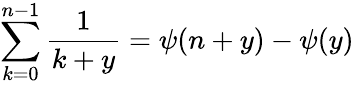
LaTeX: \sum_{k=0}^{n-1}\frac{1}{k+y}=\psi(n+y)-\psi(y)